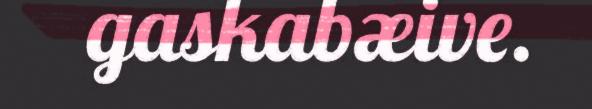
gaskabæive.